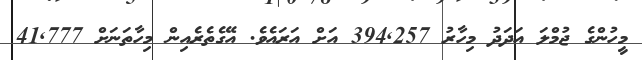
މީހުންގެ ޖުމްލަ އަދަދު މިހާރު 394